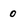
Character: 0